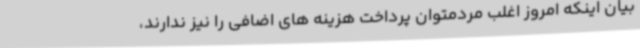
بیان اینکه امروز اغلب مردمتوان پرداخت هزینه های اضافی را نیز ندارند،